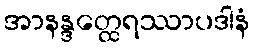
အာနန္ဒတ္ထေရဿာပဒါနံ